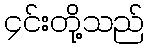
၄င်းတို့သည်